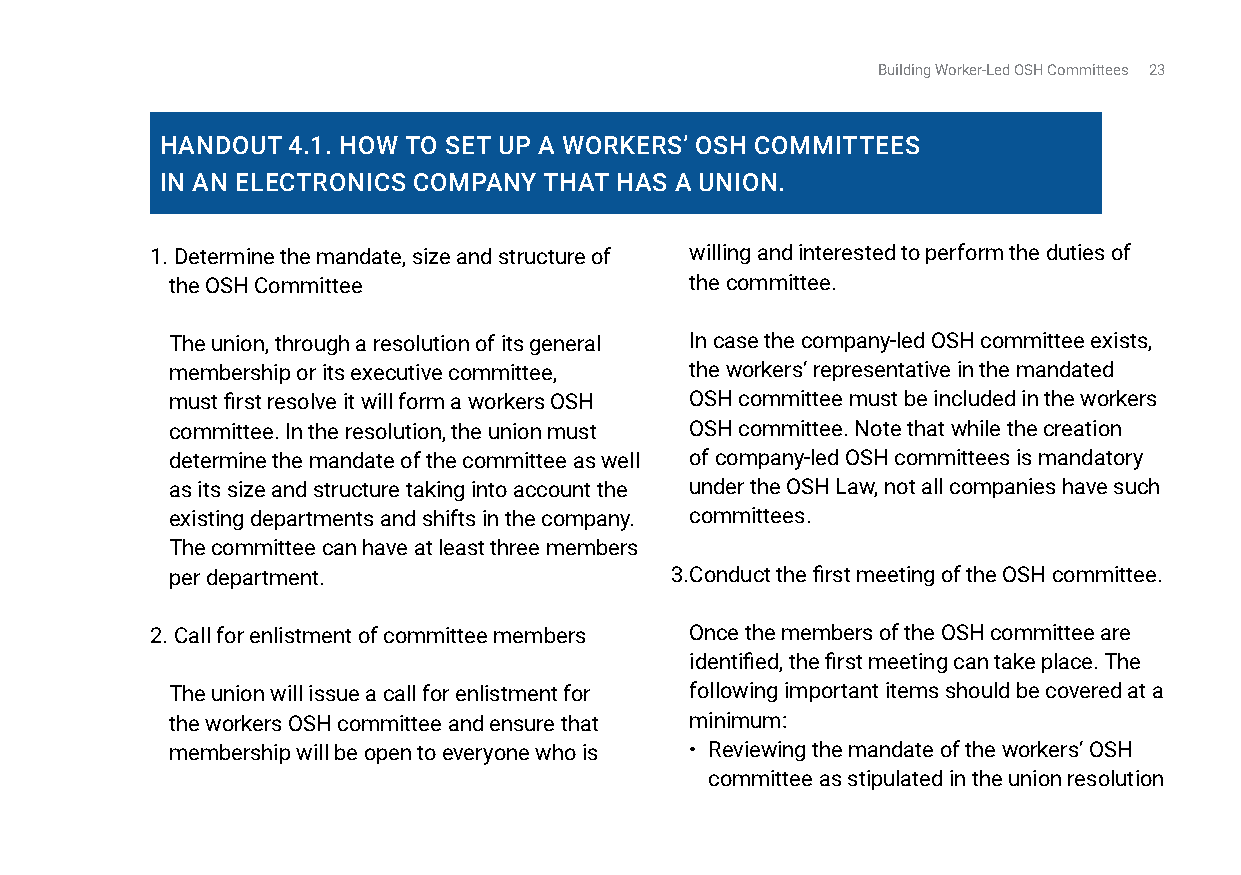
Building Worker-Led OSH Committees 23
 HandOuT 4.1. HOW TO SET uP a WOrkErS’ OSH COMMiTTEES
 in an ElECTrOniCS COMPany THaT HaS a uniOn.
 1. Determine the mandate, size and structure of willing and interested to perform the duties of
 the OSH Committee                  the committee.
 The union, through a resolution of its general In case the company-led OSH committee exists,
 membership or its executive committee, the workers’ representative in the mandated
 must first resolve it will form a workers OSH OSH committee must be included in the workers
 committee. In the resolution, the union must OSH committee. Note that while the creation
 determine the mandate of the committee as well of company-led OSH committees is mandatory
 as its size and structure taking into account the under the OSH Law, not all companies have such
 existing departments and shifts in the company. committees.
 The committee can have at least three members
 per department.                  3. Conduct the first meeting of the OSH committee.
 2. Call for enlistment of committee members Once the members of the OSH committee are
 identified, the first meeting can take place. The
 The union will issue a call for enlistment for following important items should be covered at a
 the workers OSH committee and ensure that minimum:
 membership will be open to everyone who is • Reviewing the mandate of the workers’ OSH
 committee as stipulated in the union resolution